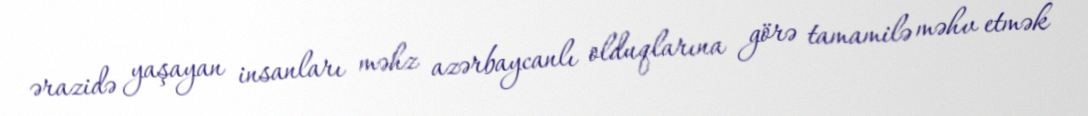
ərazidə yaşayan insanları məhz azərbaycanlı olduqlarına görə tamamilə məhv etmək